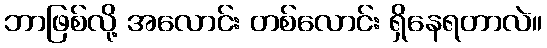
ဘာဖြစ်လို့ အလောင်း တစ်လောင်း ရှိနေရတာလဲ။